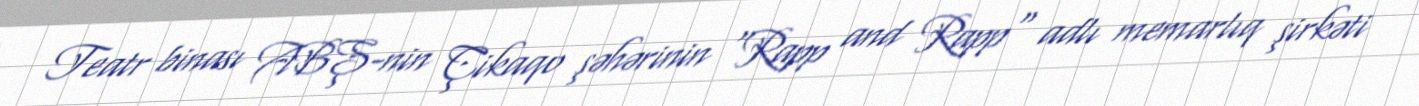
Teatr binası ABŞ-nin Çikaqo şəhərinin "Rapp and Rapp" adlı memarlıq şirkəti